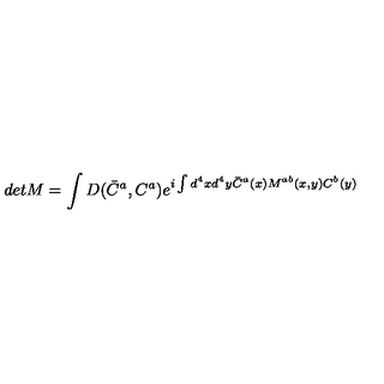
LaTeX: d e t M = \int D ( \bar { C } ^ { a } , C ^ { a } ) e ^ { i \int d ^ { 4 } x d ^ { 4 } y \bar { C } ^ { a } ( x ) M ^ { a b } ( x , y ) C ^ { b } ( y ) }